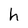
Character: h